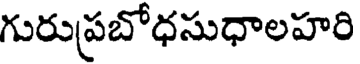
గురుప్రబోధసుధాలహరి